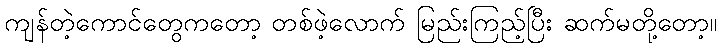
ကျန်တဲ့ကောင်တွေကတော့ တစ်ဖဲ့လောက် မြည်းကြည့်ပြီး ဆက်မတို့တော့။